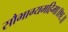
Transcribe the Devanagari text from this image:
सौभाग्यमहिमा॥१६॥